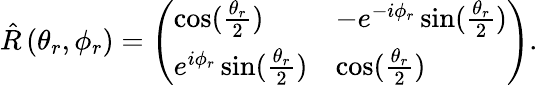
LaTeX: \hat{R}\left(\theta_{r},\phi_{r}\right)=\left(\begin{array}{ll}{\cos(\frac{\theta_{r}}{2})}&{-e^{-i\phi_{r}}\sin(\frac{\theta_{r}}{2})}\\ {e^{i\phi_{r}}\sin(\frac{\theta_{r}}{2})}&{\cos(\frac{\theta_{r}}{2})}\end{array}\right).